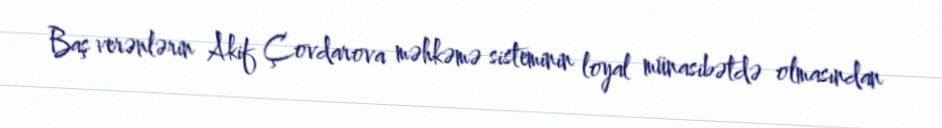
Baş verənlərin Akif Çovdarova məhkəmə sisteminin loyal münasibətdə olmasından